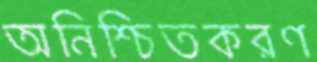
অনিশ্চিতকরণ